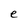
Character: e